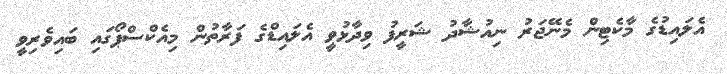
އެލައިޑުގެ މާކެޓިން މެނޭޖަރު ނިއުޝާދު ޝަރީފު ވިދާޅުވީ އެލައިޑްގެ ފަރާތުން މިއެކްސްޕޯގައި ބައިވެރިވީ